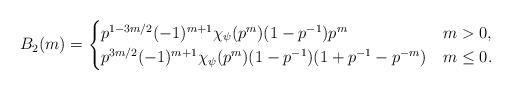
LaTeX: \begin{align*} B_2(m) = \begin{cases} p^{1-3m/2}(-1)^{m+1}\chi_{\psi}(p^m)(1-p^{-1})p^{m} & m>0,\\ p^{3m/2}(-1)^{m+1}\chi_{\psi}(p^m)(1-p^{-1})(1+p^{-1}-p^{-m}) & m\leq 0. \end{cases} \end{align*}